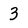
Character: 3